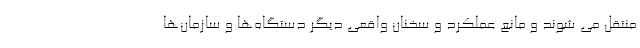
منتقل می شوند و مانع عملکرد و سخنان واقعی دیگر دستگاه‌ها و سازمان‌ها